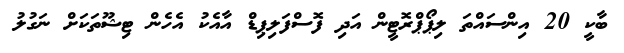
ބާކީ 20 އިންސައްތަ ލިޕޯޕްރޮޓީން އަދި ފޮސްފަލިޕިޑް އާއެކު އެހެން ޓިޝޫތަކަށް ނަގުލު